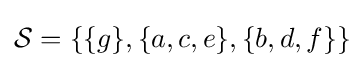
{\mathcal {S}}=\{\{g\},\{a,c,e\},\{b,d,f\}\}